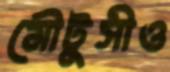
মৌটুসীও